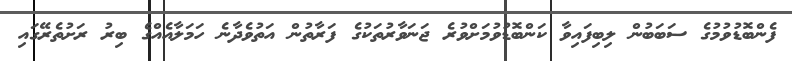
ފެންބޮޑުވުމުގެ ސަބަބުން ލިބިފައިވާ ކަންބޮޑުވުމަށްވުރެ ޖަނަވާރުތަކުގެ ފަރާތުން އަތުވެދާނެ ހަމަލާއެއްގެ ބިރު ރަށުތެރޭގައި